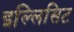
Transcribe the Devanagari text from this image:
इल्लिसिट